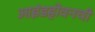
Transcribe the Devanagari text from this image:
आइंडहोवनची